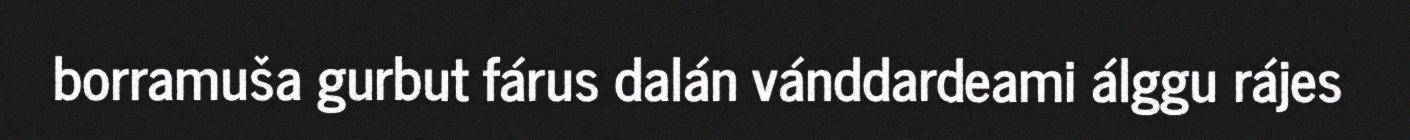
borramuša gurbut fárus dalán vánddardeami álggu rájes